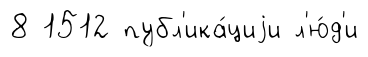
8 1512 публ'ика́циjи л'ю́д'и